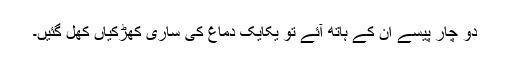
دو چار پیسے ان کے ہاتھ آئے تو یکایک دماغ کی ساری کھڑکیاں کھل گئیں۔